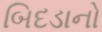
બિદડાનો